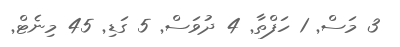
3 މަސް